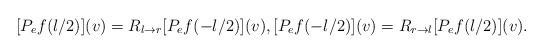
LaTeX: \begin{align*} [P_e f(l/2)](v) = R_{l\rightarrow r} [P_e f(-l/2)](v), [P_e f(-l/2)](v) = R_{r\rightarrow l} [P_e f(l/2)](v).\end{align*}